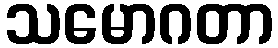
သမောဂတာ